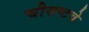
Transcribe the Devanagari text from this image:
चौसष्टचे